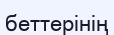
беттерінің